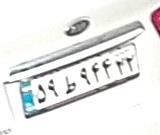
۵۹ط۹۴۴۲۲